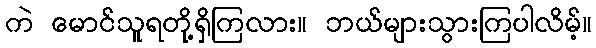
ကဲ မောင်သူရတို့ရှိကြလား။ ဘယ်များသွားကြပါလိမ့်။